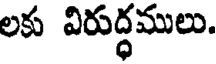
లకు విరుద్ధములు.